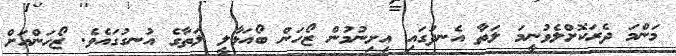
މަންމަ ދެރަކޮށްލެވުނީމަ ލަތާ އެނދުގައި އިށިނުމުން ޒޯހަން ބޯއަޅާލީ ލަތާގެ އުނގުގައެވެ. ޒޯހަންއަށް